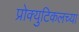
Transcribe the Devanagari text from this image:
प्रोक्युटिकलच्या